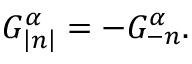
G _ { \left| n \right| } ^ { \alpha } = - G _ { - n } ^ { \alpha } .